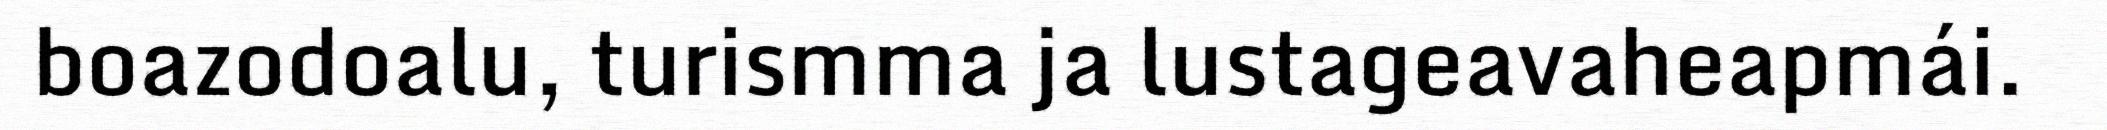
boazodoalu, turismma ja lustageavaheapmái.